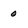
Character: 0